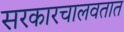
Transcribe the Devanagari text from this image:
सरकारचालवतात